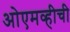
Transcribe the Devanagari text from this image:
ओएमव्हीची